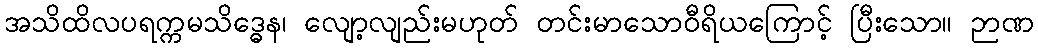
အသိထိလပရက္ကမသိဒ္ဓေန၊ လျော့လျည်းမဟုတ် တင်းမာသောဝီရိယကြောင့် ပြီးသော။ ဉာဏ